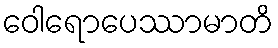
ဝေါရောပေဿာမာတိ